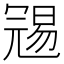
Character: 𠖞